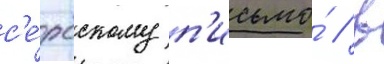
с'е́рбскому п'исьмо́ / в